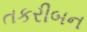
તકરીબન